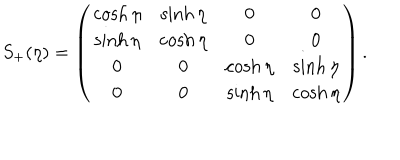
LaTeX: S _ { + } ( \eta ) = \left( \begin{matrix} { { \cosh \eta } } & { { \sinh \eta } } & { { 0 } } & { { 0 } } \\ { { \sinh \eta } } & { { \cosh \eta } } & { { 0 } } & { { 0 } } \\ { { 0 } } & { { 0 } } & { { \cosh \eta } } & { { \sinh \eta } } \\ { { 0 } } & { { 0 } } & { { \sinh \eta } } & { { \cosh \eta } } \\ \end{matrix} \right) .